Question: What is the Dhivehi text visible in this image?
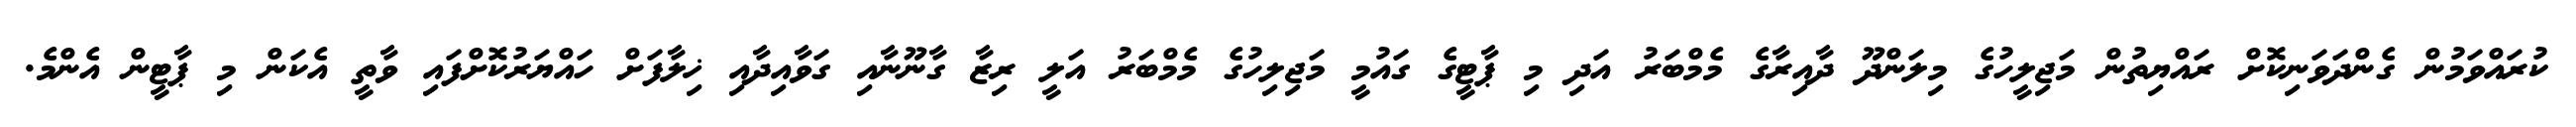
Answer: ކުރައްވަމުން ގެންދަވަނިކޮށް ރައްޔިތުން މަޖިލީހުގެ މިލަންދޫ ދާއިރާގެ މެމްބަރު އަދި މި ޕާޓީގެ ގައުމީ މަޖިލިހުގެ މެމްބަރު އަލީ ރިޒާ ގާނޫނާއި ގަވާއިދާއި ޚިލާފަށް ހައްޔަރުކޮށްފައި ވާތީ އެކަން މި ޕާޓީން އެންމެ.